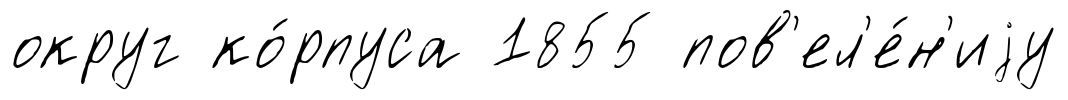
округ ко́рпуса 1855 пов'ел'е́н'иjу